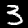
Label: 3